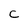
Character: C